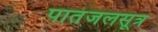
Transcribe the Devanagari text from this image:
पातंजलसूत्र